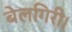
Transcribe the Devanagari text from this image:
बेलगिरी।